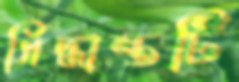
সিদ্ধান্তটি